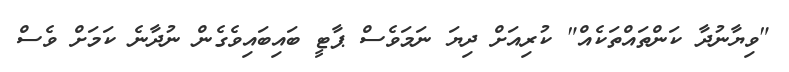
"ވިޔާނުދާ ކަންތައްތަކެއް" ކުރިއަށް ދިޔަ ނަމަވެސް ޕާޓީ ބައިބައިވެގެން ނުދާނެ ކަމަށް ވެސް